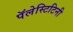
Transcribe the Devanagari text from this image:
पॅलेस्टिटिनी